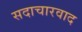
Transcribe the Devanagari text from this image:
सदाचारवाद